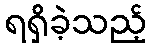
ရရှိခဲ့သည့်